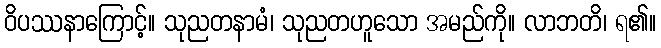
ဝိပဿနာကြောင့်။ သုညတနာမံ၊ သုညတဟူသော အမည်ကို။ လာဘတိ၊ ရ၏။